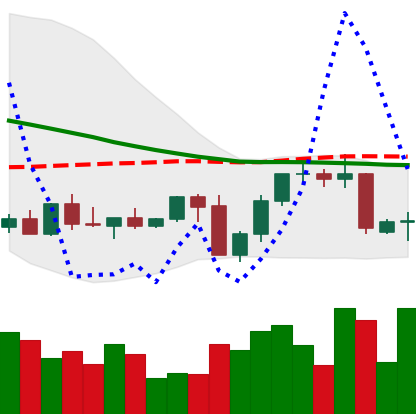
Ticker: NEO-USD
Chart end date: 2022-09-15
Forward return: -8.484%
Label: down_7plus